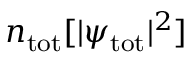
n _ { \mathrm { t o t } } [ | \psi _ { \mathrm { t o t } } | ^ { 2 } ]